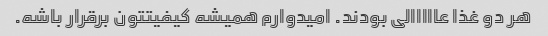
هر دو غذا عااااالی بودند. امیدوارم همیشه کیفیتتون برقرار باشه.